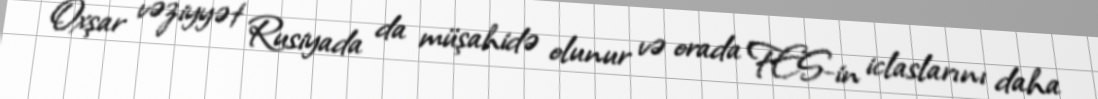
Oxşar vəziyyət Rusiyada da müşahidə olunur və orada FES-in iclaslarını daha